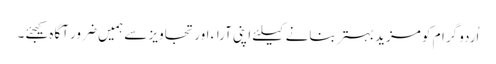
اُردو گرام کو مزید بہتر بنانے کیلئے اپنی آراء اور تجاویز سے ہمیں ضرور آگاہ کیجئے۔